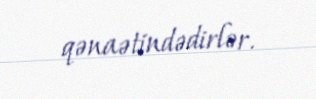
qənaətindədirlər.